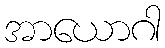
အာယောဂါ